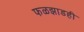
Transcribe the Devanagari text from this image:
फळझाडही